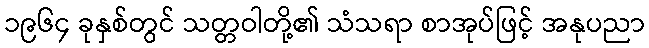
၁၉၆၄ ခုနှစ်တွင် သတ္တဝါတို့၏ သံသရာ စာအုပ်ဖြင့် အနုပညာ